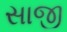
સાજી